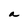
Character: a